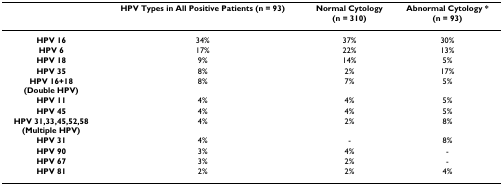
|  | HPV Types in All Positive Patients (n = 93) | Normal Cytology(n = 310) | Abnormal Cytology *(n = 93) |
 | --- | --- | --- | --- |
 | HPV 16 | 34% | 37% | 30% |
 | HPV 6 | 17% | 22% | 13% |
 | HPV 18 | 9% | 14% | 5% |
 | HPV 35 | 8% | 2% | 17% |
 | HPV 16+18(Double HPV) | 8% | 7% | 5% |
 | HPV 11 | 4% | 4% | 5% |
 | HPV 45 | 4% | 4% | 5% |
 | HPV 31,33,45,52,58(Multiple HPV) | 4% | 2% | 8% |
 | HPV 31 | 4% | - | 8% |
 | HPV 90 | 3% | 4% | - |
 | HPV 67 | 3% | 2% | - |
 | HPV 81 | 2% | 2% | 4% |